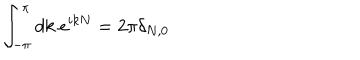
\int _ { - \pi } ^ { \pi } d k ~ e ^ { i k N } = 2 \pi \delta _ { N , 0 }